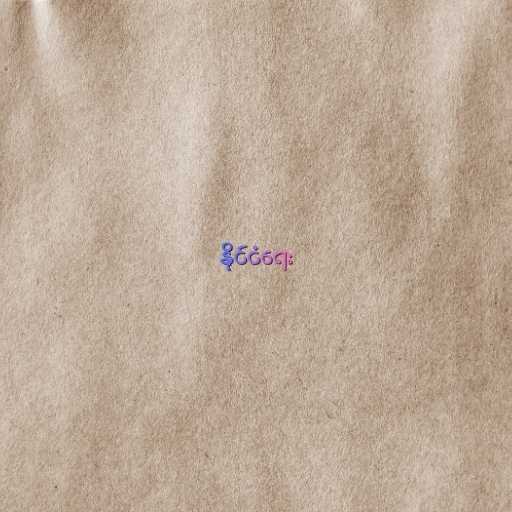
နိုင်ငံရေး